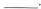
___.